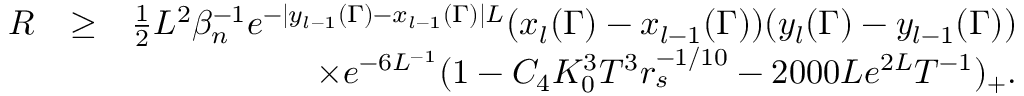
\begin{array} { r l r } { R } & { \geq } & { \frac { 1 } { 2 } L ^ { 2 } \beta _ { n } ^ { - 1 } e ^ { - | y _ { l - 1 } ( \Gamma ) - x _ { l - 1 } ( \Gamma ) | L } ( x _ { l } ( \Gamma ) - x _ { l - 1 } ( \Gamma ) ) ( y _ { l } ( \Gamma ) - y _ { l - 1 } ( \Gamma ) ) } \\ & { } & { \times e ^ { - 6 L ^ { - 1 } } ( 1 - C _ { 4 } K _ { 0 } ^ { 3 } T ^ { 3 } r _ { s } ^ { - 1 \slash 1 0 } - 2 0 0 0 L e ^ { 2 L } T ^ { - 1 } ) _ { + } . } \end{array}